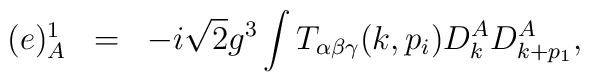
\begin{array}{rcl}(e)^1_A&=&\displaystyle-i\sqrt{2}g^3\int T_{\alpha\beta\gamma}(k,p_i)D^A_kD^A_{k+p_1},\end{array}